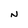
Character: N